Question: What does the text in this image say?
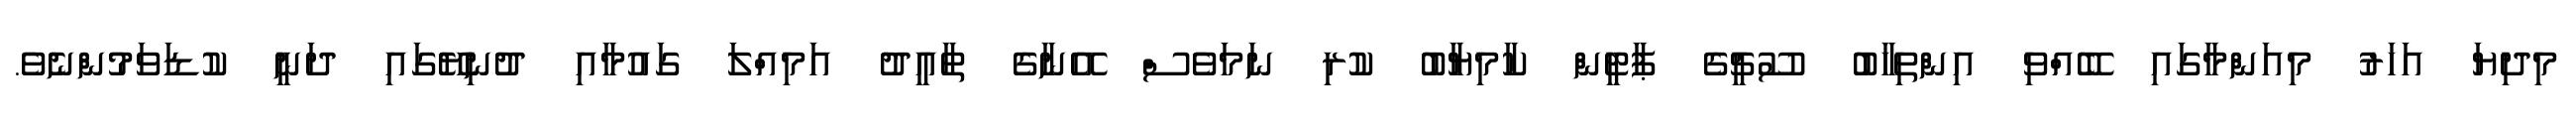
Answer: މިދިޔަ އަހަރު މިއަންމާގައި ބޭއްވި އިންތިހާބު ސޫޗީގެ ޕާޓީން ކާމިޔާބު ކުރި ނަމަވެސް އޭނާގެ ތާއީދު އަމިއްލަ ގައުމާއި ދުނިޔޭގައި ދަނީ ކުޑަވަމުންނެވެ.